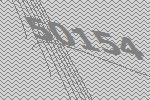
50154